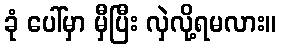
ခုံ ပေါ်မှာ မှီပြီး လှဲလို့ရမလား။